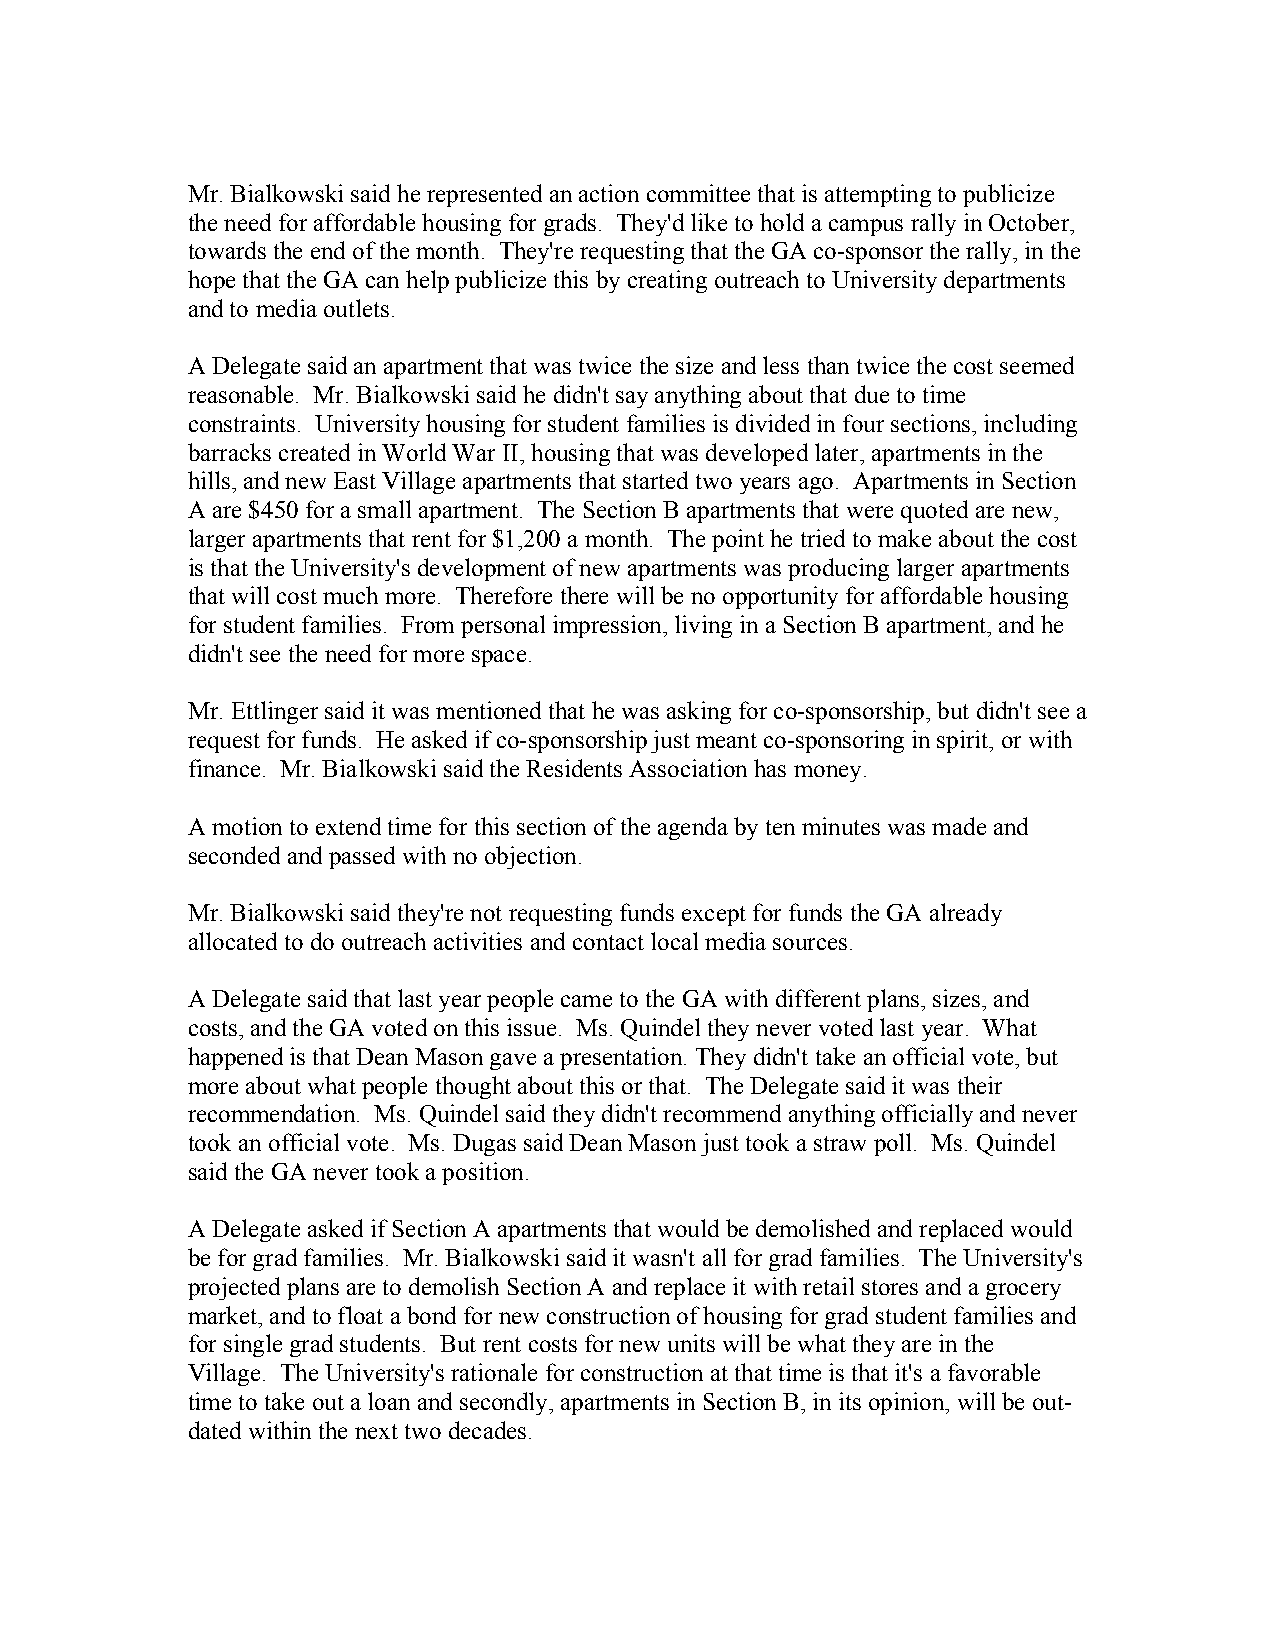
Mr. Bialkowski said he represented an action committee that is attempting to publicize
 the need for affordable housing for grads. They'd like to hold a campus rally in October,
 towards the end of the month. They're requesting that the GA co-sponsor the rally, in the
 hope that the GA can help publicize this by creating outreach to University departments
 and to media outlets.
 A Delegate said an apartment that was twice the size and less than twice the cost seemed
 reasonable. Mr. Bialkowski said he didn't say anything about that due to time
 constraints. University housing for student families is divided in four sections, including
 barracks created in World War II, housing that was developed later, apartments in the
 hills, and new East Village apartments that started two years ago. Apartments in Section
 A are $450 for a small apartment. The Section B apartments that were quoted are new,
 larger apartments that rent for $1,200 a month. The point he tried to make about the cost
 is that the University's development of new apartments was producing larger apartments
 that will cost much more. Therefore there will be no opportunity for affordable housing
 for student families. From personal impression, living in a Section B apartment, and he
 didn't see the need for more space.
 Mr. Ettlinger said it was mentioned that he was asking for co-sponsorship, but didn't see a
 request for funds. He asked if co-sponsorship just meant co-sponsoring in spirit, or with
 finance. Mr. Bialkowski said the Residents Association has money.
 A motion to extend time for this section of the agenda by ten minutes was made and
 seconded and passed with no objection.
 Mr. Bialkowski said they're not requesting funds except for funds the GA already
 allocated to do outreach activities and contact local media sources.
 A Delegate said that last year people came to the GA with different plans, sizes, and
 costs, and the GA voted on this issue. Ms. Quindel they never voted last year. What
 happened is that Dean Mason gave a presentation. They didn't take an official vote, but
 more about what people thought about this or that. The Delegate said it was their
 recommendation. Ms. Quindel said they didn't recommend anything officially and never
 took an official vote. Ms. Dugas said Dean Mason just took a straw poll. Ms. Quindel
 said the GA never took a position.
 A Delegate asked if Section A apartments that would be demolished and replaced would
 be for grad families. Mr. Bialkowski said it wasn't all for grad families. The University's
 projected plans are to demolish Section A and replace it with retail stores and a grocery
 market, and to float a bond for new construction of housing for grad student families and
 for single grad students. But rent costs for new units will be what they are in the
 Village. The University's rationale for construction at that time is that it's a favorable
 time to take out a loan and secondly, apartments in Section B, in its opinion, will be out-
 dated within the next two decades.